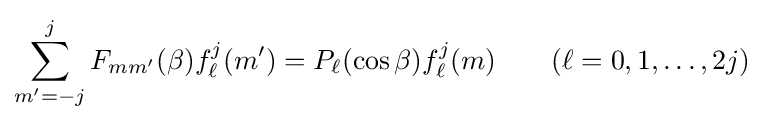
\sum _{m'=-j}^{j}F_{mm'}(\beta )f_{\ell }^{j}(m')=P_{\ell }(\cos \beta )f_{\ell }^{j}(m)\qquad (\ell =0,1,\ldots ,2j)